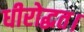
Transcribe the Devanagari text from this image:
धीरोद्धत।